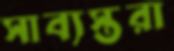
সাব্যস্তরা